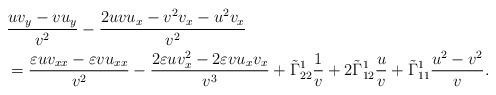
LaTeX: \begin{align*}&\frac{uv_y-vu_y}{v^2}-\frac{2uvu_x-v^2v_x-u^2v_x}{v^2}\\&=\frac{\varepsilon uv_{xx}-\varepsilon vu_{xx}}{v^2}-\frac{2\varepsilon uv_x^2-2\varepsilon vu_xv_x}{v^3}+\tilde{\Gamma}^1_{22}\frac{1}{v}+2\tilde{\Gamma}^1_{12}\frac{u}{v}+\tilde{\Gamma}^1_{11}\frac{u^2-v^2}{v}.\end{align*}